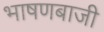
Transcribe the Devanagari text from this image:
भाषणबाजी